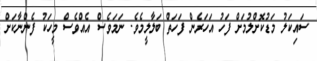
ސައިކަލު މަޑުކޮށްލުމަށް ފަހު އަހަރެން ފަހަތް ބަލާލީމެވެ. ނަމަވެސް އެއްވެސް މީހަކު ފެންނާކަށް